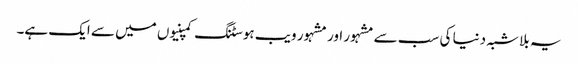
یہ بلا شبہ دنیا کی سب سے مشہور اور مشہور ویب ہوسٹنگ کمپنیوں میں سے ایک ہے۔